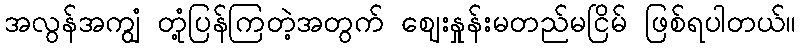
အလွန်အကျွံ တုံ့ပြန်ကြတဲ့အတွက် ဈေးနှုန်းမတည်မငြိမ် ဖြစ်ရပါတယ်။